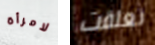
لامرأة تعلقت